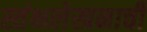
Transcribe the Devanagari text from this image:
स्तंभलेखनाची